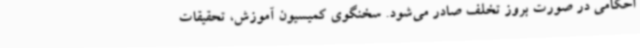
احکامی در صورت بروز تخلف صادر می‌شود. سخنگوی کمیسیون آموزش، تحقیقات